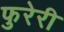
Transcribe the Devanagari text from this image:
फुरेरी